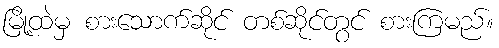
မြို့ထဲမှ စားသောက်ဆိုင် တစ်ဆိုင်တွင် စားကြမည်။